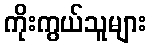
ကိုးကွယ်သူများ